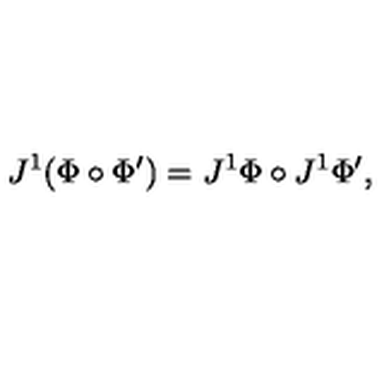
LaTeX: J ^ { 1 } ( \Phi \circ \Phi ^ { \prime } ) = J ^ { 1 } \Phi \circ J ^ { 1 } \Phi ^ { \prime } ,